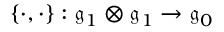
\{ \cdot , \cdot \} : { \mathfrak { g } } _ { 1 } \otimes { \mathfrak { g } } _ { 1 } \rightarrow { \mathfrak { g } } _ { 0 }